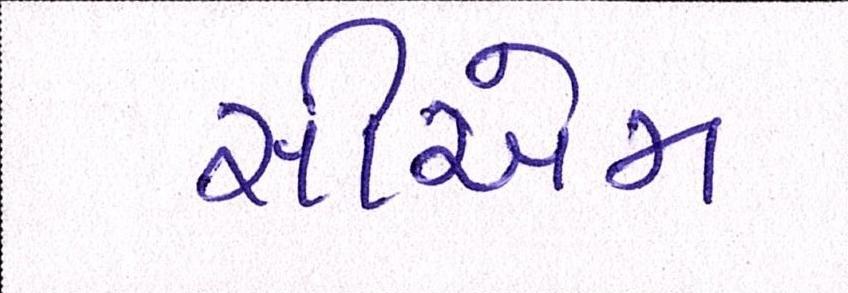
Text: સીએમ